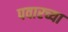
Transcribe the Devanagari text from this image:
पवारच्या